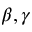
\beta , \gamma